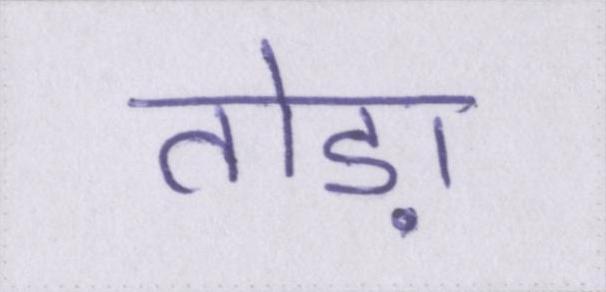
तोड़ा